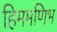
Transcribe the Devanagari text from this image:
हिममणिभ